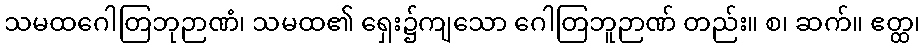
သမထဂေါတြဘုဉာဏံ၊ သမထ၏ ရှေး၌ကျသော ဂေါတြဘူဉာဏ် တည်း။ စ၊ ဆက်။ ဧတ္ထ၊